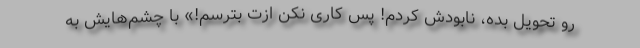
رو تحویل بده، نابودش کردم! پس کاری نکن ازت بترسم!» با چشم‌هایش به